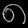
Digit: ၈